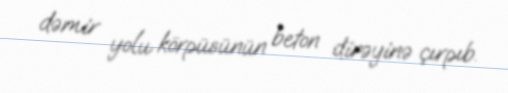
dəmir yolu körpüsünün beton dirəyinə çırpıb.